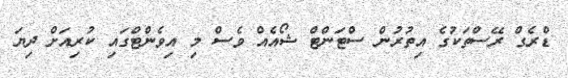
ޑްރެގް ރޭސްތަކުގެ އިތުރުން ސްޓަންޓް ޝޯއެއް ވެސް މި އިވެންޓްގައި ކުރިއަށް ދިޔަ